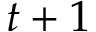
t + 1